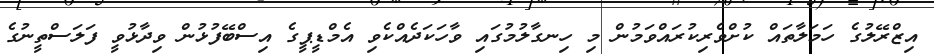
އިޒްރޭލުގެ ހަމަލާތައް ކުށްވެރިކުރައްވަމުން މި ހިނގާލުމުގައި ވާހަކަދެއްކެވި އެމްޑީޕީގެ އިސްބޭފުޅުން ވިދާޅުވީ ފަލަސްތީނުގެ